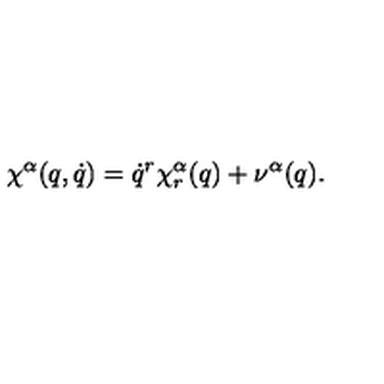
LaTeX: \chi ^ { \alpha } ( q , \dot { q } ) = \dot { q } ^ { r } \chi _ { r } ^ { \alpha } ( q ) + \nu ^ { \alpha } ( q ) .